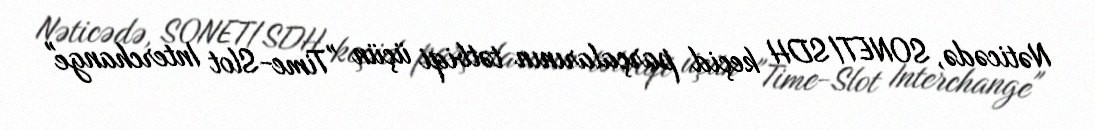
Nəticədə, SONET/SDH keçid parçalarının tətbiqi üçün "Time-Slot Interchange"